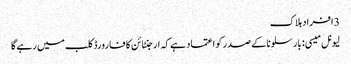
3 افراد ہلاک
لیونل میسی: بارسلونا کے صدر کو اعتماد ہے کہ ارجنٹائن کا فارورڈ کلب میں رہے گا